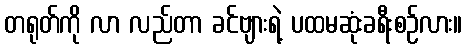
တရုတ်ကို လာ လည်တာ ခင်ဗျားရဲ့ ပထမဆုံးခရီးစဉ်လား။